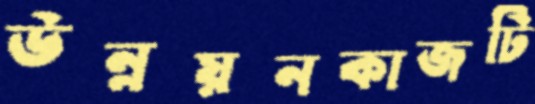
উন্নয়নকাজটি